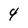
Character: 4